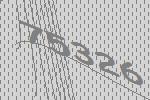
75326